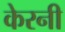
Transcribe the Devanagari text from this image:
केरनी